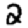
Digit: 2